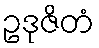
ဥဒုဇိတံ